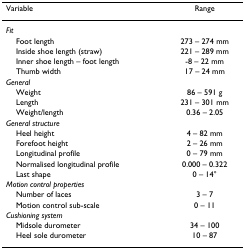
<table><thead><tr><td><b>Variable</b></td><td><b>Range</b></td></tr></thead><tbody><tr><td><i>Fit</i></td><td></td></tr><tr><td> Foot length</td><td>273 – 274 mm</td></tr><tr><td> Inside shoe length (straw)</td><td>221 – 289 mm</td></tr><tr><td> Inner shoe length – foot length</td><td>-8 – 22 mm</td></tr><tr><td> Thumb width</td><td>17 – 24 mm</td></tr><tr><td><i>General</i></td><td></td></tr><tr><td> Weight</td><td>86 – 591 g</td></tr><tr><td> Length</td><td>231 – 301 mm</td></tr><tr><td> Weight/length</td><td>0.36 – 2.05</td></tr><tr><td><i>General structure</i></td><td></td></tr><tr><td> Heel height</td><td>4 – 82 mm</td></tr><tr><td> Forefoot height</td><td>2 – 26 mm</td></tr><tr><td> Longitudinal profile</td><td>0 – 79 mm</td></tr><tr><td> Normalised longitudinal profile</td><td>0.000 – 0.322</td></tr><tr><td> Last shape</td><td>0 – 14°</td></tr><tr><td><i>Motion control properties</i></td><td></td></tr><tr><td> Number of laces</td><td>3 – 7</td></tr><tr><td> Motion control sub-scale</td><td>0 – 11</td></tr><tr><td><i>Cushioning system</i></td><td></td></tr><tr><td> Midsole durometer</td><td>34 – 100</td></tr><tr><td> Heel sole durometer</td><td>10 – 87</td></tr></tbody></table>